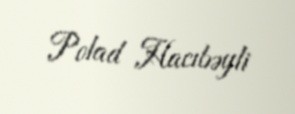
Polad Hacıbəyli